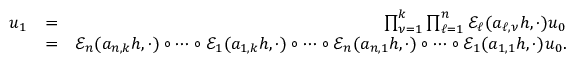
\begin{array} { r l r } { u _ { 1 } } & { = } & { \prod _ { \nu = 1 } ^ { k } \prod _ { \ell = 1 } ^ { n } \ensuremath { { \mathcal E } } _ { \ell } ( a _ { \ell , \nu } h , \cdot ) u _ { 0 } } \\ & { = } & { \ensuremath { { \mathcal E } } _ { n } ( a _ { n , k } h , \cdot ) \circ \cdots \circ \ensuremath { { \mathcal E } } _ { 1 } ( a _ { 1 , k } h , \cdot ) \circ \cdots \circ \ensuremath { { \mathcal E } } _ { n } ( a _ { n , 1 } h , \cdot ) \circ \cdots \circ \ensuremath { { \mathcal E } } _ { 1 } ( a _ { 1 , 1 } h , \cdot ) u _ { 0 } . } \end{array}